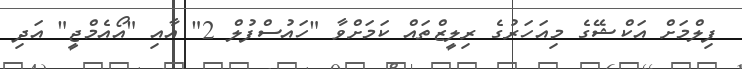
ފިލްމަށް އަކްޝޭގެ މިއަހަރުގެ ރިލީޒްތައް ކަމަށްވާ "ހައުސްފުލް 2" އާއި "އޯއެމްޖީ" އަދި